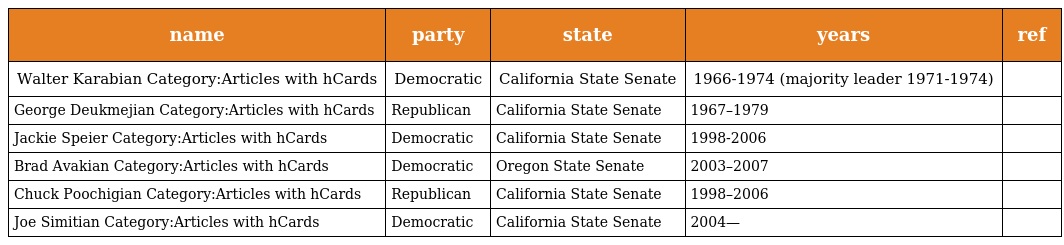
| name | party | state | years | ref |
 | --- | --- | --- | --- | --- |
 | Walter Karabian Category:Articles with hCards | Democratic | California State Senate | 1966-1974 (majority leader 1971-1974) |  |
 | George Deukmejian Category:Articles with hCards | Republican | California State Senate | 1967–1979 |  |
 | Jackie Speier Category:Articles with hCards | Democratic | California State Senate | 1998-2006 |  |
 | Brad Avakian Category:Articles with hCards | Democratic | Oregon State Senate | 2003–2007 |  |
 | Chuck Poochigian Category:Articles with hCards | Republican | California State Senate | 1998–2006 |  |
 | Joe Simitian Category:Articles with hCards | Democratic | California State Senate | 2004— |  |